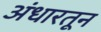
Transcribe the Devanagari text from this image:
अंधारतून